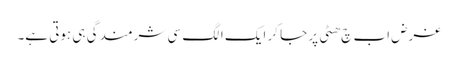
غرض اب چ ھٹی پر جا کر ایک الگ سی شرمندگی ہی ہوتی ہے۔